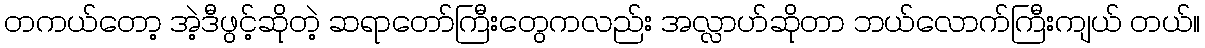
တကယ်တော့ အဲ့ဒီဖွင့်ဆိုတဲ့ ဆရာတော်ကြီးတွေကလည်း အလ္လာဟ်ဆိုတာ ဘယ်လောက်ကြီးကျယ် တယ်။